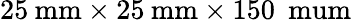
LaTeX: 25\: \mathrm{mm}\times 25\: \mathrm{mm}\times 150\: \mathrm{\ mum}